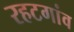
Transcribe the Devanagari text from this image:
रहटगांव